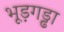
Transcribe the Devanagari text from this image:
भूड़गड्ढा